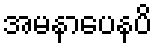
အမနာပေနပိ